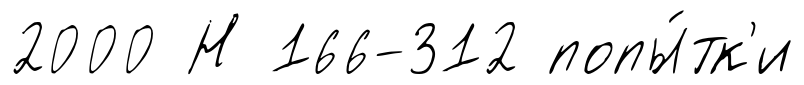
2000 Н 166-312 попы́тк'и